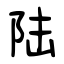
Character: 陆